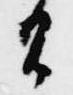
間